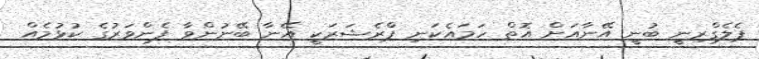
ޕެލެގްރިނީ ބުނީ އޭނާއަށް އޮތް ހަމައެކަނި ޕްރެޝަރަކީ އޭނާ ބޭނުންވާ ފެންވަރުގެ ކުޅުމެއް